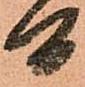
間